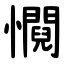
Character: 㦦